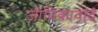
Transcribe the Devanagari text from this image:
जीविकावाद